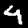
Digit: 4